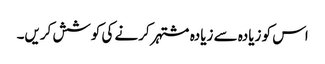
اس کو زیادہ سے زیادہ مشتہر کرنے کی کوشش کریں۔